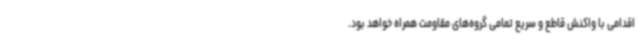
اقدامی با واکنش قاطع و سریع تمامی گروه‌های مقاومت همراه خواهد بود.